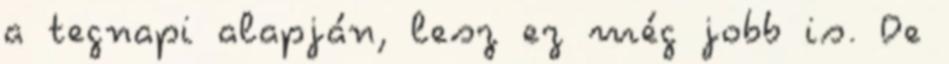
a tegnapi alapján, lesz ez még jobb is. De